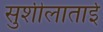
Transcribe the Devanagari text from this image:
सुशीलाताई